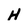
Character: H